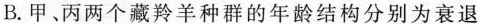
B.甲、丙两个藏羚羊种群的年龄结构分别为衰退